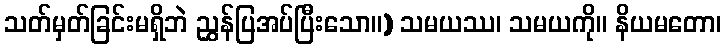
သတ်မှတ်ခြင်းမရှိဘဲ ညွှန်ပြအပ်ပြီးသော။) သမယဿ၊ သမယကို။ နိယမတော၊